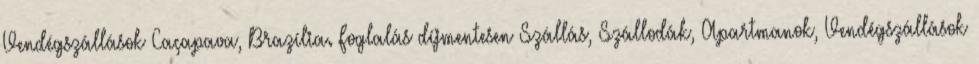
Vendégszállások Caçapava, Brazília. Foglalás díjmentesen Szállás, Szállodák, Apartmanok, Vendégszállások